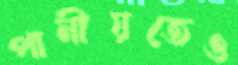
পানীয়তেও